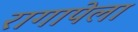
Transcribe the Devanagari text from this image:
रागापेला